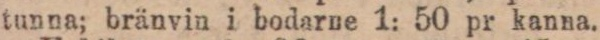
tunna; bränvin i bodarne 1: 50 pr kanna.